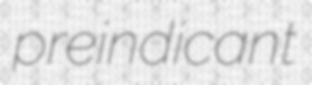
preindicant